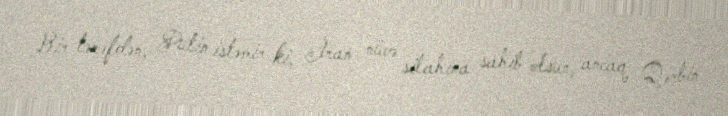
Bir tərəfdən, Putin istəmir ki, İran nüvə silahına sahib olsun, ancaq Qərbin